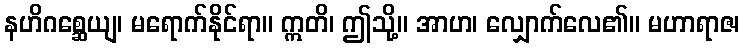
နဟိဂစ္ဆေယျ၊ မရောက်နိုင်ရာ။ ဣတိ၊ ဤသို့။ အာဟ၊ လျှောက်လေ၏။ မဟာရာဇ၊